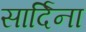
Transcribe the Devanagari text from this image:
सार्दिना